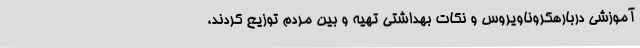
آموزشی دربارهکروناویروس و نکات بهداشتی تهیه و بین مردم توزیع کردند،